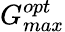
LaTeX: G_{max}^{opt}